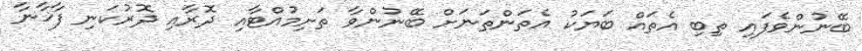
ބޭނުންވެފައި ތިބި އެތައް ބަޔަކު އެތަންތަނަށް ބޭނުންވާ ތަށިމުއްޓާއި ދޮރާއި ދޮރުކަނި ފާޚާނާ